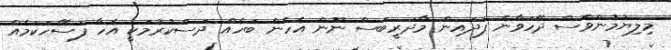
މިލިޔުމުންވެސް ދޭހަވާނެ ފަދައިން މާދަރީބަސް ނޫން އެހެން ބަހެއް ދަސްކުރުމަކީ އެހާ ފަސޭހަކަމެއް